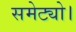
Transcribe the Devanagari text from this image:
समेट्यो।